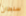
سلطان